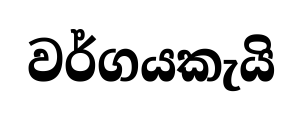
වර්ගයකැයි